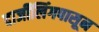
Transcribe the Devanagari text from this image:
दार्जीलिंगपासून